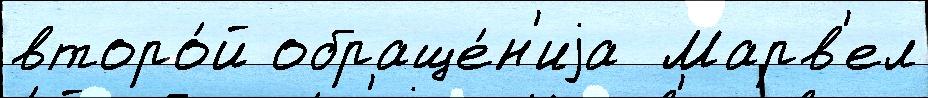
второ́й обраще́н'иjа  Марв'ел